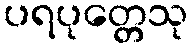
ပရပုတ္တေသု